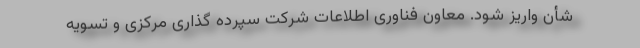
شأن واریز شود. معاون فناوری اطلاعات شرکت سپرده گذاری مرکزی و تسویه